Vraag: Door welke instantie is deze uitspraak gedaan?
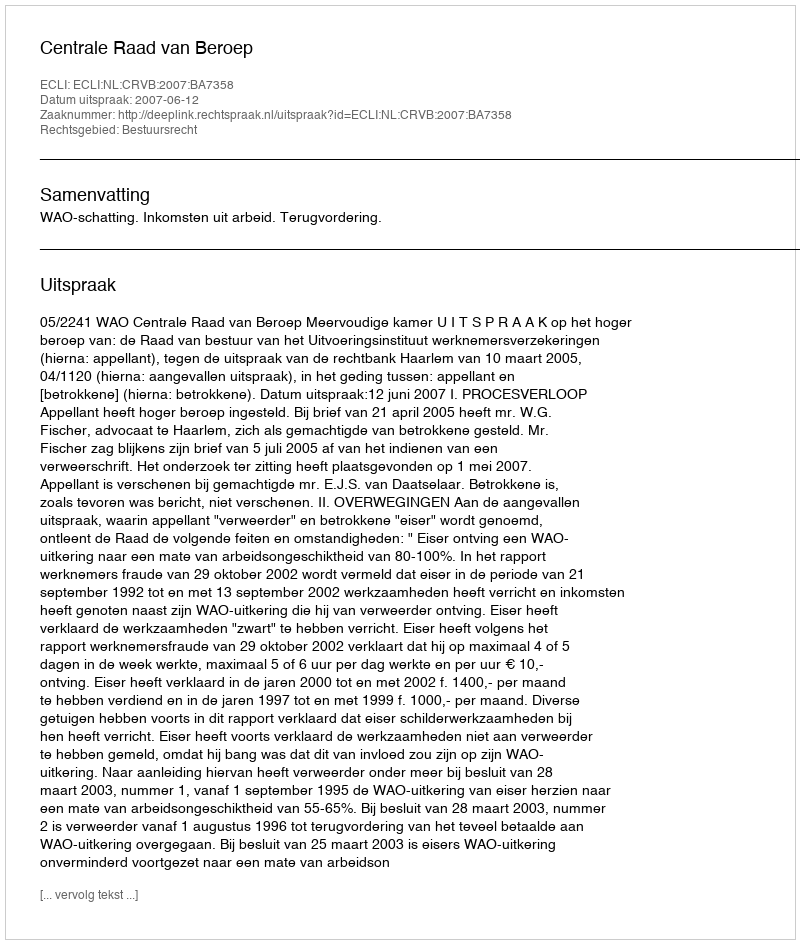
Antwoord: Centrale Raad van Beroep